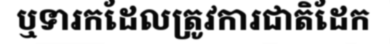
ឬទារកដែលត្រូវការជាតិដែក